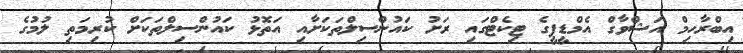
އިބްރާހިމް އަޝްވާގް އެމްޑީޕީގެ ޓިކެޓްގައި ރަށު ކައުންސިލްތަކަށާއި އަތޮޅު ކައުންސިލްތަކަށް ކުރިމަތި ލުމުގެ